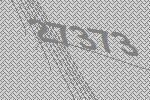
27373